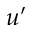
u ^ { \prime }